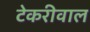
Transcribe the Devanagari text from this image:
टेकरीवाल